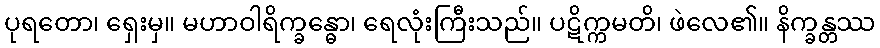
ပုရတော၊ ရှေးမှ။ မဟာဝါရိက္ခန္ဓော၊ ရေလုံးကြီးသည်။ ပဋိက္ကမတိ၊ ဖဲလေ၏။ နိက္ခန္တဿ